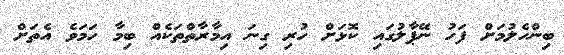
ބިންހެލުމަށް ފަހު ނޭޕާލުގައި ކޮޅަށް ހުރި ގިނަ އިމާރާތްތަކެއް ބިމާ ހަމަވެ އެތަށް